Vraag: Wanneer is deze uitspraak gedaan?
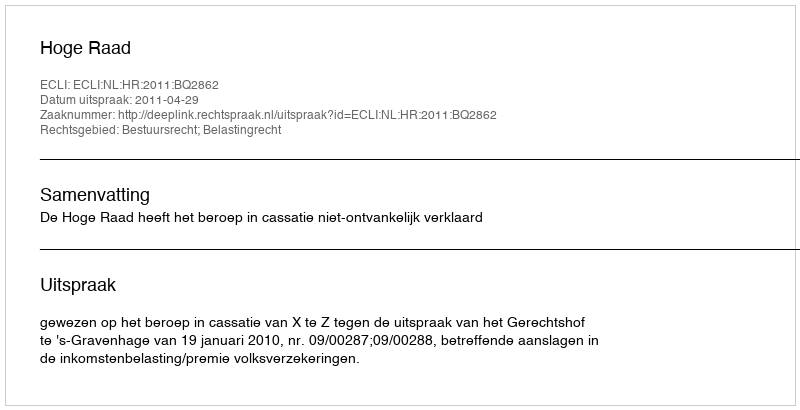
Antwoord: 2011-04-29